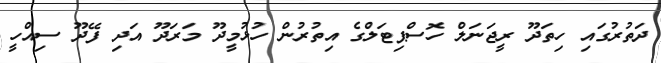
ދަތުރުގައި ހިތަދޫ ރީޖަނަލް ހޮސްޕިޓަލްގެ އިތުރުން ހުޅުމީދޫ މަރަދޫ އަދި ފޭދޫ ސިއްހީ